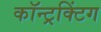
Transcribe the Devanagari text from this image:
कॉन्ट्रक्टिंग